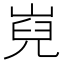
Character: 𡸢